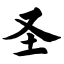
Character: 圣